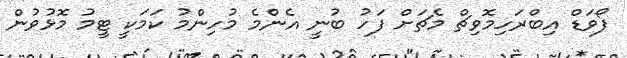
ފޯވަޑް އިބްރަހިމޮވިޗް މެޗަށް ފަހު ބުނީ އެންމެ މުހިންމު ކަމަކީ ޓީމު މޮޅުވުން